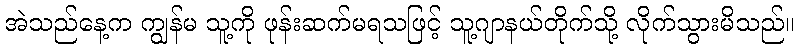
အဲသည်နေ့က ကျွန်မ သူ့ကို ဖုန်းဆက်မရသဖြင့် သူ့ဂျာနယ်တိုက်သို့ လိုက်သွားမိသည်။